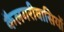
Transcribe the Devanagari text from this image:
कैलगरीवासियों